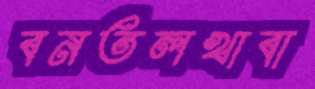
বনতলখাবা